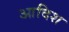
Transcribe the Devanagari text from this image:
आदिश